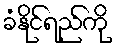
ခံနိုင်ရည်ကို